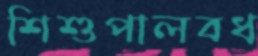
শিশুপালবধ